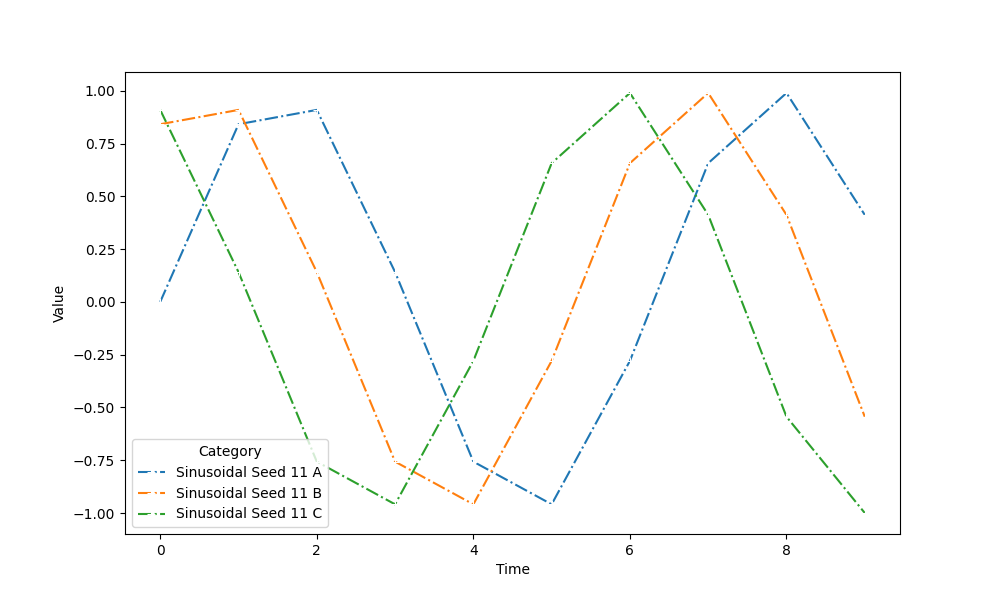
python, seaborn, lineplot, style='dashdot', marker='+'